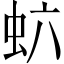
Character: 𬟻